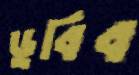
ডুবিব